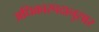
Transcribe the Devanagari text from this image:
अधिकारपदानुसार